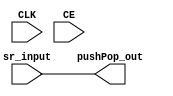
module ShiftRegister_0_CEtrue_TY1(input CLK, input CE, input sr_input, output pushPop_out);
parameter INSTANCE_NAME="INST";
  assign pushPop_out = sr_input;
endmodule